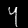
Label: 4